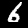
Digit: 6